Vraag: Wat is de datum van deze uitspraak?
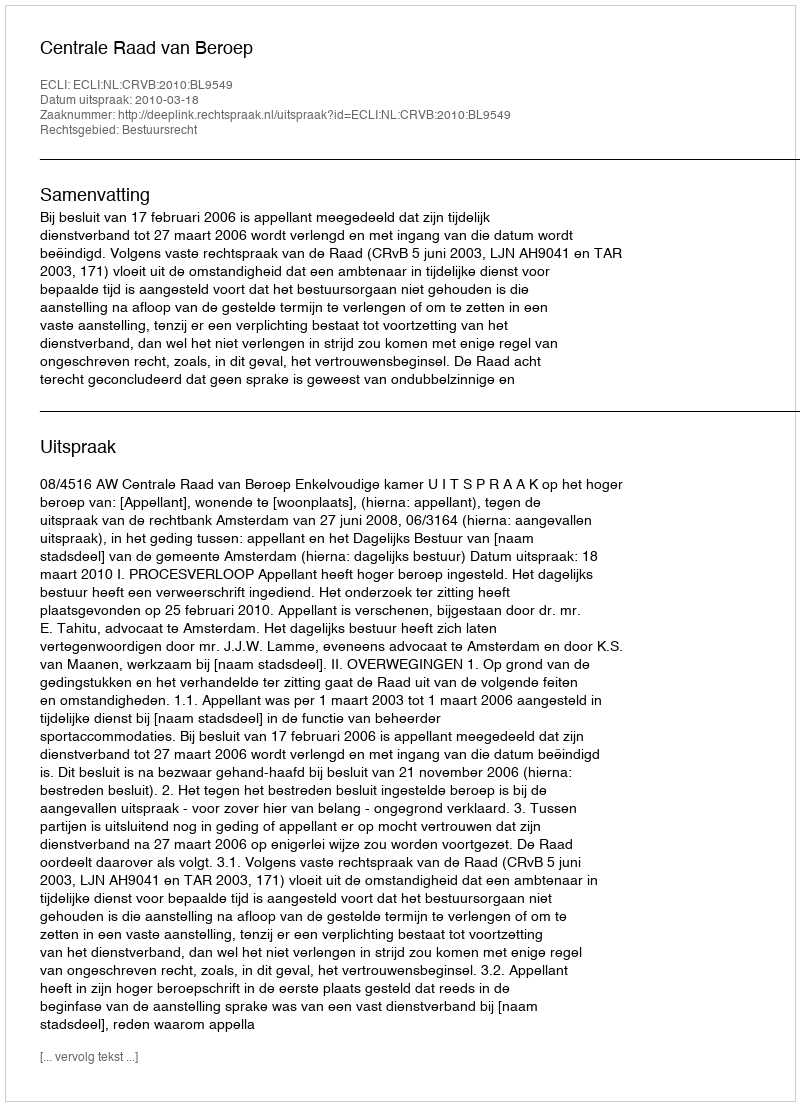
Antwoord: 2010-03-18